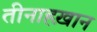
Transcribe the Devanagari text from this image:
तीनाहख़ान